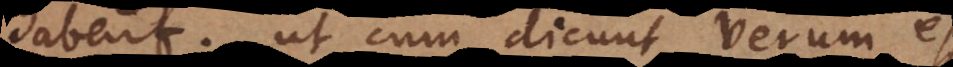
habent; ut cum dicunt verum esse